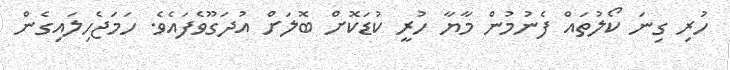
ހުރި ގިނަ ކޯލުތައް ފެނުމުން މާޔާ ހުރީ ކުޑަކޮށް ބޮލަށް އުދަގޫވެފައެވެ. ހަމަޖެހިލައިގެން